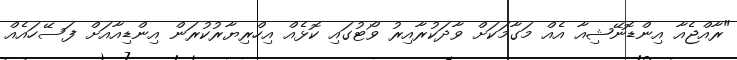
"ރާއްޖެއާ އިންޑޮނޭޝިއާ އެއް މަގާމަކަށް ވާދަކުރާއިރު ވޯޓުގައި ކޮޅެއް އިހްރިޔާރުކުރަން އިންޑިއާއަށް ފަސޭހައެއް